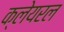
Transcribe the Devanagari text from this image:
क्लेयरल